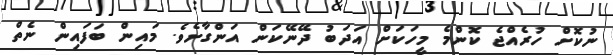
ނުކޮށް ހުރެއްޖެ ކޮންމެ މީހަކަށް އަދަބު ދޭނޭކަން އަންގާށެވެ. މައިން ބަފައިން ނެތް